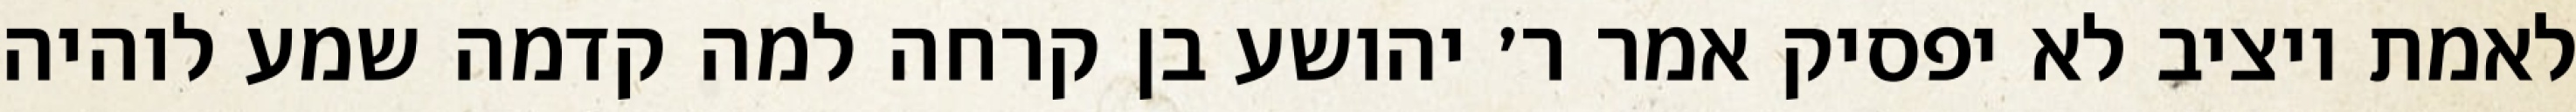
לאמת ויציב לא יפסיק אמר ר׳ יהושע בן קרחה למה קדמה שמע לוהיה